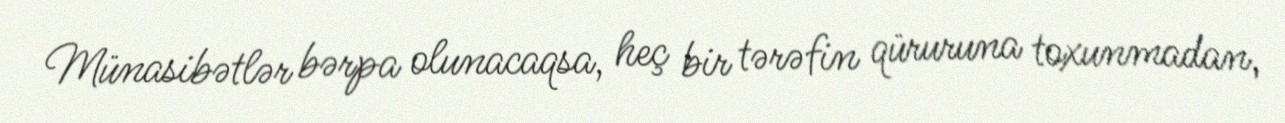
Münasibətlər bərpa olunacaqsa, heç bir tərəfin qüruruna toxunmadan,